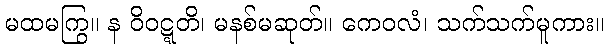
မထမကြွ။ န ဝိဝဋ္ဋတိ၊ မနစ်မဆုတ်။ ကေဝလံ၊ သက်သက်မူကား။